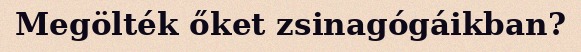
Megölték őket zsinagógáikban?